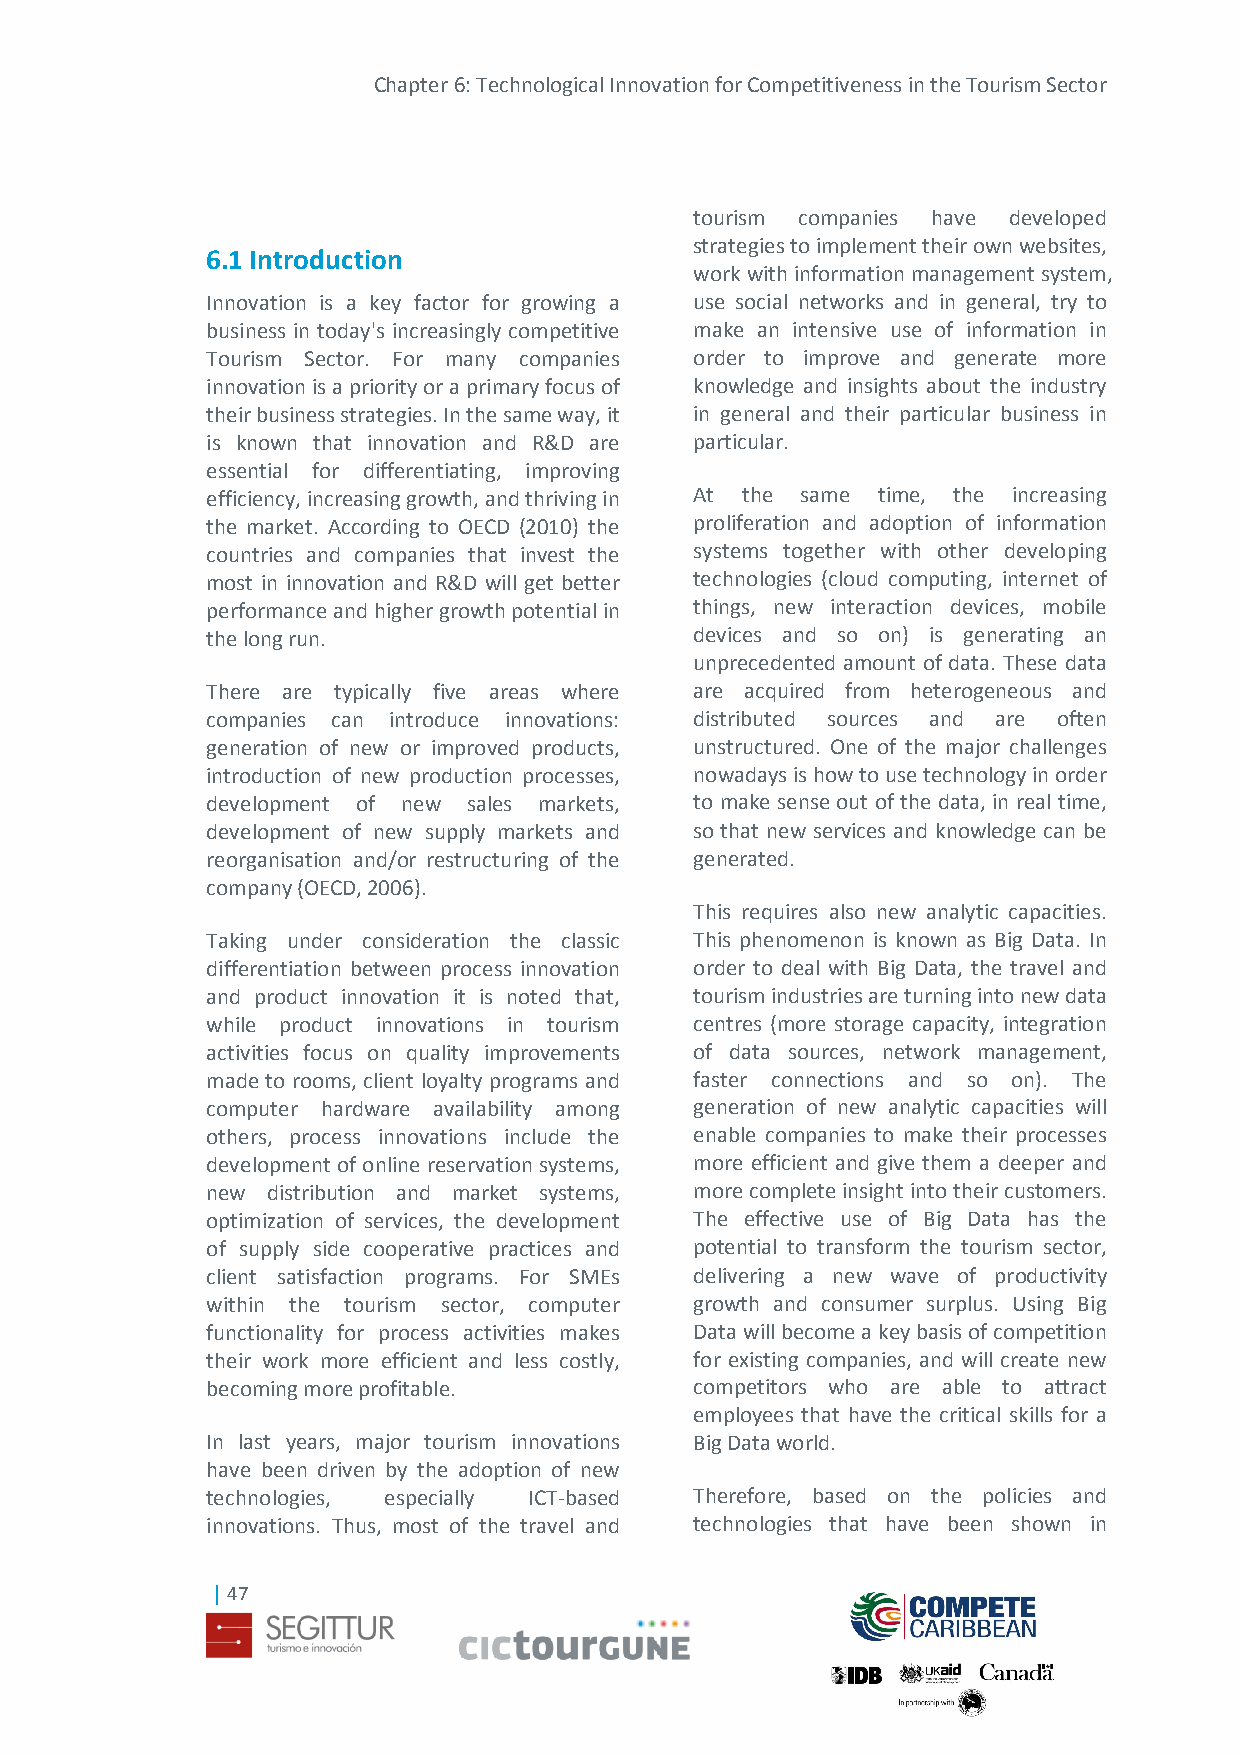
Chapter 6: Technological Innovation for Competitiveness in the Tourism Sector
 tourism companies have developed
 strategies to implement their own websites,
 6.1 Introduction
 work with information management system,
 Innovation is a key factor for growing a use social networks and in general, try to
 business in today's increasingly competitive make an intensive use of information in
 Tourism Sector. For many companies order to improve and generate more
 innovation is a priority or a primary focus of knowledge and insights about the industry
 their business strategies. In the same way, it in general and their particular business in
 is known that innovation and R&D are particular.
 essential for differentiating, improving
 efficiency, increasing growth, and thriving in At the same time, the increasing
 the market. According to OECD (2010) the proliferation and adoption of information
 countries and companies that invest the systems together with other developing
 most in innovation and R&D will get better technologies (cloud computing, internet of
 performance and higher growth potential in things, new interaction devices, mobile
 the long run.                   devices and so on) is generating an
 unprecedented amount of data. These data
 There are typically five areas where are acquired from heterogeneous and
 companies can introduce innovations: distributed sources and are often
 generation of new or improved products, unstructured. One of the major challenges
 introduction of new production processes, nowadays is how to use technology in order
 development of new sales markets, to make sense out of the data, in real time,
 development of new supply markets and so that new services and knowledge can be
 reorganisation and/or restructuring of the generated.
 company (OECD, 2006).
 This requires also new analytic capacities.
 Taking under consideration the classic This phenomenon is known as Big Data. In
 differentiation between process innovation order to deal with Big Data, the travel and
 and product innovation it is noted that, tourism industries are turning into new data
 while product innovations in tourism centres (more storage capacity, integration
 activities focus on quality improvements of data sources, network management,
 made to rooms, client loyalty programs and faster connections and so on). The
 computer hardware availability among generation of new analytic capacities will
 others, process innovations include the enable companies to make their processes
 development of online reservation systems, more efficient and give them a deeper and
 new distribution and market systems, more complete insight into their customers.
 optimization of services, the development The effective use of Big Data has the
 of supply side cooperative practices and potential to transform the tourism sector,
 client satisfaction programs. For SMEs delivering a new wave of productivity
 within the tourism sector, computer growth and consumer surplus. Using Big
 functionality for process activities makes Data will become a key basis of competition
 their work more efficient and less costly, for existing companies, and will create new
 becoming more profitable.       competitors who are able to attract
 employees that have the critical skills for a
 In last years, major tourism innovations Big Data world.
 have been driven by the adoption of new
 technologies, especially ICT-based Therefore, based on the policies and
 innovations. Thus, most of the travel and technologies that have been shown in
 | 47